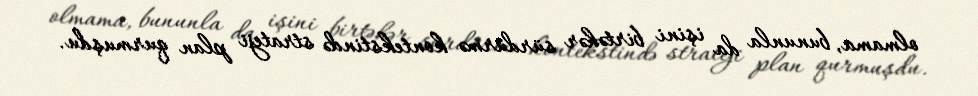
olmama, bununla da işini birtəhər sürdürmə kontekstində strateji plan qurmuşdu.